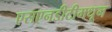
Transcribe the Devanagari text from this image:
एसएनडीटीमधून